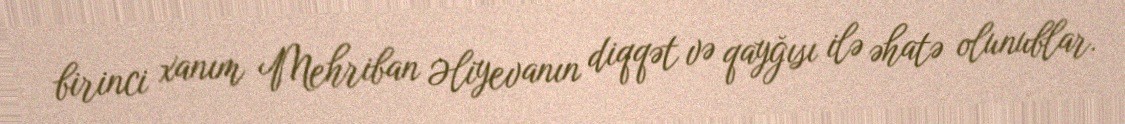
birinci xanım Mehriban Əliyevanın diqqət və qayğısı ilə əhatə olunublar.